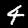
Digit: 4